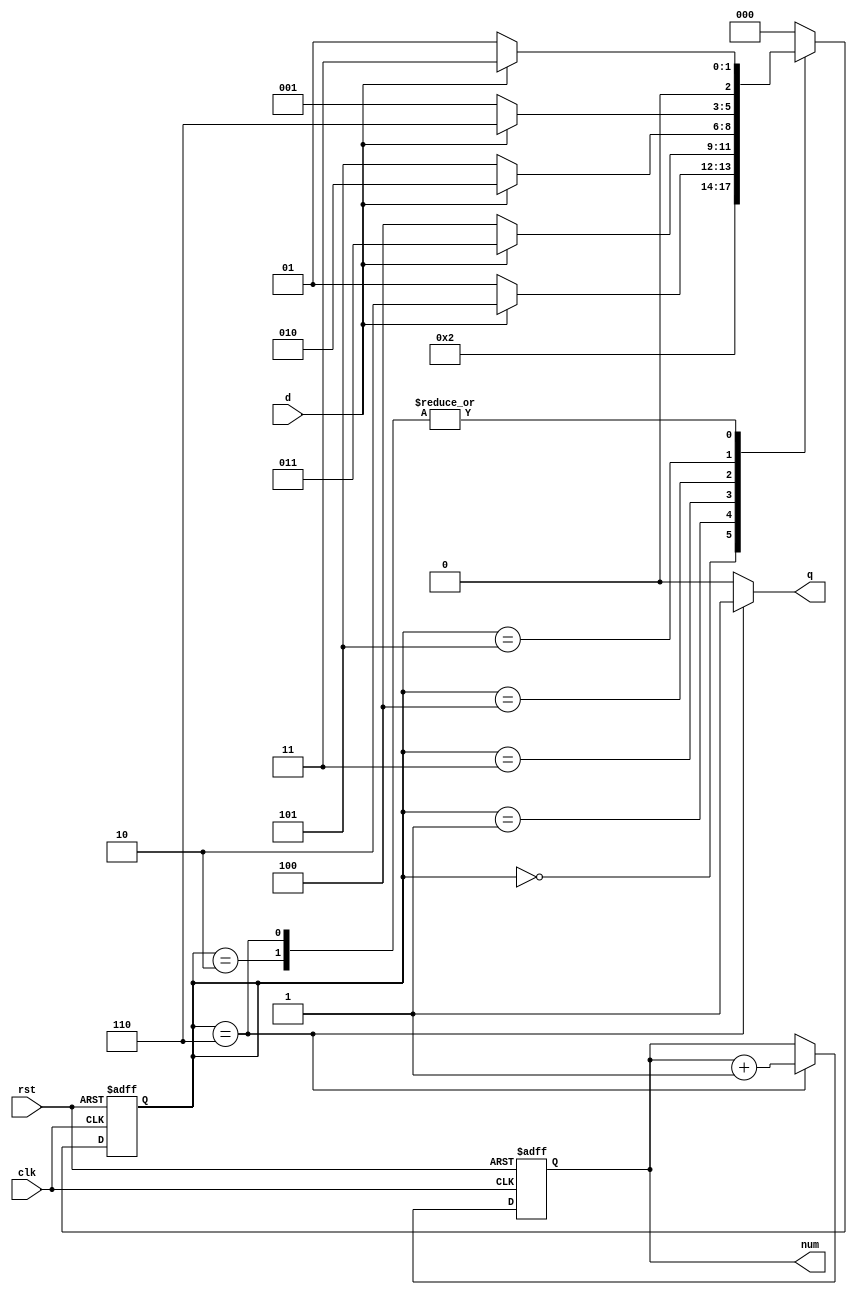
/////////////////////////////////////////////////////////////////////
// ---------------------- IVCAD 2023 Spring ---------------------- //
// ---------------------- Editor: Zhi-Yu Chen (Willy) ------------ //
// ---------------------- Version : v.1.00  ---------------------- //
// ---------------------- Date : 2023.02    ---------------------- //
// ---------------------- det_1100          ---------------------- // 
/////////////////////////////////////////////////////////////////////
module det_seq(clk, rst, d, q, num);


input clk, rst;
input d;
output q;
output [2:0] num;

parameter IDLE=3'd0;
parameter FIRST=3'd1;
parameter SECOND=3'd2;
parameter THIRD=3'd3;
parameter FORTH=3'd4;
parameter FITH=3'd5;
parameter VALID=3'd6;

reg [2:0] state,next_state,num;
reg q;

always@(*)begin
	case(state)
		IDLE:next_state=FIRST;
		FIRST:next_state=(d)?SECOND:FIRST;
		SECOND:next_state=(d)?THIRD:FIRST;
		THIRD:next_state=(!d)?FORTH:THIRD;
		FORTH:next_state=(!d)?FITH:SECOND;
		FITH:next_state=(d)?VALID:FIRST;
		VALID:next_state=(d)?THIRD:FIRST;
		default:next_state=IDLE;
	endcase
end

always@(posedge clk or posedge rst)
	if(rst)
		state<=IDLE;
	else
		state<=next_state;

/*always@(posedge clk or posedge rst)
	if(rst)
		d_reg<=1'b0;
	else if(d)
		d_reg<=d;
	else
		d_reg<=1'b0;
*/
always@(posedge clk or posedge rst)
	if(rst)
		num<=3'd0;
	else if(state==VALID)
		num<=num+3'd1;
	else
		num<=num;

always@(*)begin
	case(state)
		VALID:q=1'b1;
		default:q=1'b0;
	endcase
end
	

endmodule